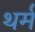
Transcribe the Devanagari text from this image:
थर्म